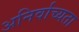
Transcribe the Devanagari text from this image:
अनिर्वाच्यता